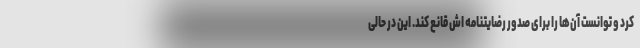
کرد و توانست آن‌ها را برای صدور رضایتنامه اش قانع کند. این در حالی